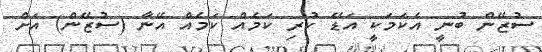
ސުޒޭން ބުނީ އެކަމަކީ އަޑޭ ކުރި ކަމެއް ކަމެއް އޭނާ (ސުޒޭން) އަށް